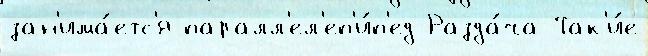
зан'има́етс'я паралл'ел'еп'и́п'ед Разда́ча Так'и́е